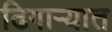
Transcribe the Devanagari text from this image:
ढिगाऱ्यात